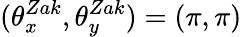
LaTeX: (\theta_{x}^{Zak},\theta_{y}^{Zak})=(\pi,\pi)